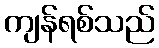
ကျန်ရစ်သည်